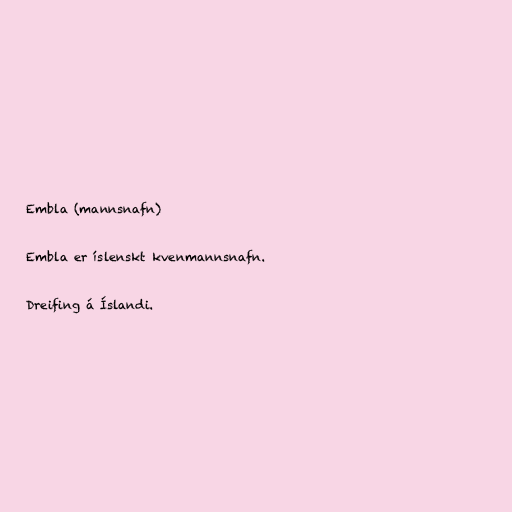
Embla (mannsnafn)

Embla er íslenskt kvenmannsnafn.

Dreifing á Íslandi.